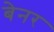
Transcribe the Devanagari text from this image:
बेनर